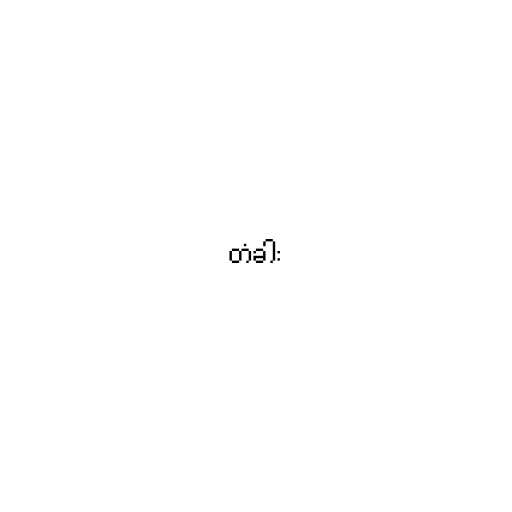
တံခါး